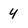
Character: 4